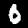
Label: 0